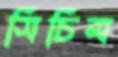
সিচিম